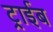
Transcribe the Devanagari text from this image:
ट्राईब